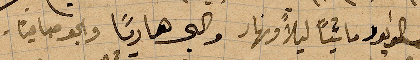
زال الوابور ماشيًا ليلًا ونهار والبحر هاديًا والو صافيًا